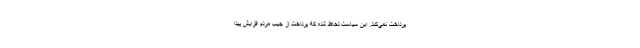
پرداخت نمی‌کند. این سیاست لحاظ شده که پرداخت از جیب مردم افزایش پیدا